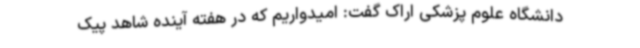
دانشگاه علوم پزشکی اراک گفت: امیدواریم که در هفته آینده شاهد پیک